Statistical return of the lunatic asylum in Assam - 1912-1932
Year: 1912
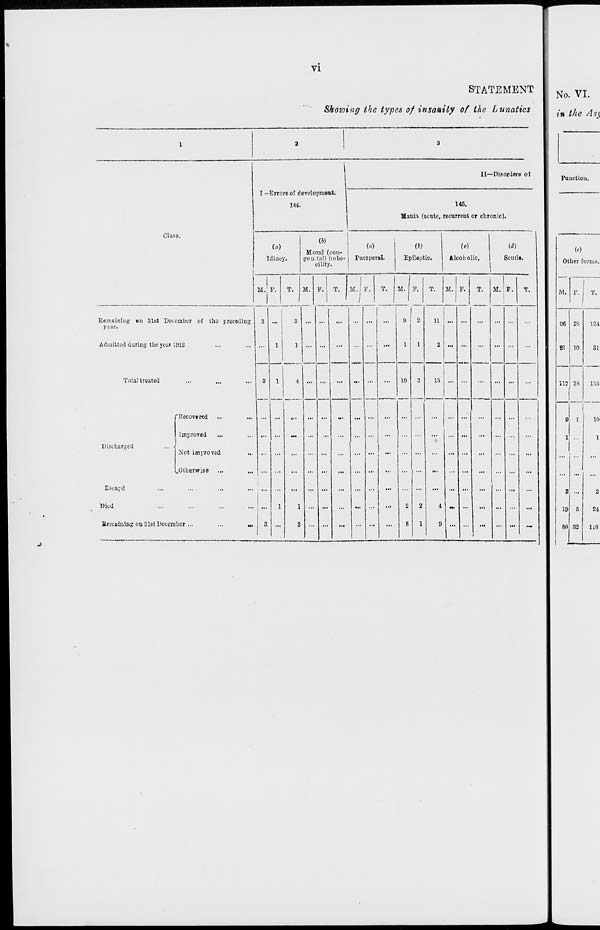
VI
STATEMENT
Showing the types of insanity of the Lunatics
No. VI.
in the Asy
1
II—Disorders of
I —ErrorB of development. 1
144.
145.
Mania (acute, recurrent or chronic).
Class.
(a)
Idiocy.
(4)
Moral (con-
go u.tal) imbe-
cility.
(o)
Puerperal.
m
Epileptic.
(<•)
Alcoholic. 1
(d)
Senile.
M.' P.
j
T.
3
M. F.
T. M. IF.
/
T.
M. F.
T.
M. F.
T. M. P.
T.
Remaining on 31st Docembcr of tho preceding
3
9
2
11
y car.
Admitted during the year 1912
1
1 ... ...
...
... ...
...
1
1
2 ... ...
...
...
Total troated
3
1
4 ... ...
...
... ...
10
3
13 ...
...
... ...
...
rRecovored ...
.,.
...
v.
...
...
...
Improved
...
... ...
•M
...
... ...
...
...
... ...
...
...
...
Discharged
... ■
Not improved
^Otherwise
... ...
...
...
... ...
...
...
... ...
...
...
...
Escapd
1
...
... ...
...
... ...
...
...
...
... ...
...
... ...
...
1-Mtd
...
1
1 ... ...
... ...
...
2
2
-1 M. ...
...
...
...
Bcmoining on Slst December ...
...
u,
3 ...
3 ...
...
8
1
9
j
1
Function.
(«)
Other forms.
M. F. 1 T.
96 28
12.1
81 10
SI
117 38
155
9 1
10
1
1
2
2
19 5
24
80 32
118